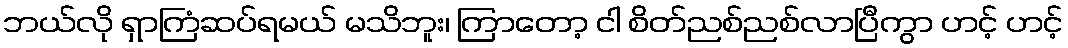
ဘယ်လို ရှာကြံဆပ်ရမယ် မသိဘူး၊ ကြာတော့ ငါ စိတ်ညစ်ညစ်လာပြီကွာ ဟင့် ဟင့်